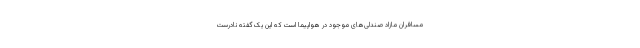
مسافران مازاد صندلی‌های موجود در هواپیما است که این یک گفته نادرست